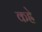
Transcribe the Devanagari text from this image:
कह्रे